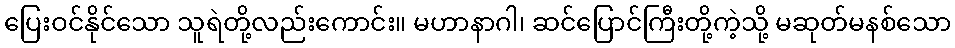
ပြေးဝင်နိုင်သော သူရဲတို့လည်းကောင်း။ မဟာနာဂါ၊ ဆင်ပြောင်ကြီးတို့ကဲ့သို့ မဆုတ်မနစ်သော